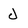
Character: J